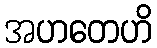
အဟတေဟိ